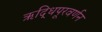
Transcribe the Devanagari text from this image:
ऋद्धिपूरवर्णन